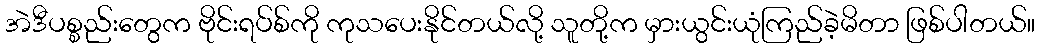
အဲဒီပစ္စည်းတွေက ဗိုင်းရပ်စ်ကို ကုသပေးနိုင်တယ်လို့ သူတို့က မှားယွင်းယုံကြည်ခဲ့မိတာ ဖြစ်ပါတယ်။